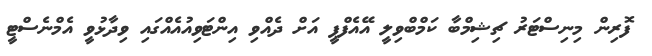
ފޮރިން މިނިސްޓަރު ޗިޝިމްބާ ކަމްބްވިލީ އޭއެފްޕީ އަށް ދެއްވި އިންޓަވިއުއެއްގައި ވިދާޅުވީ އެމްނެސްޓީ